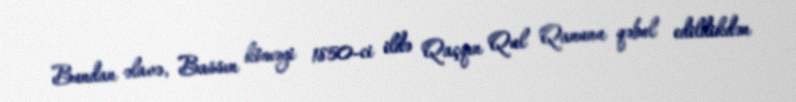
Bundan əlavə, Bassın köməyi 1850-ci ildə Qaçqın Qul Qanunu qəbul edildikdən